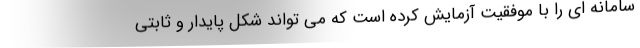
سامانه ای را با موفقیت آزمایش کرده است که می تواند شکل پایدار و ثابتی